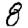
Digit: 8